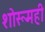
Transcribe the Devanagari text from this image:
शोरूमही